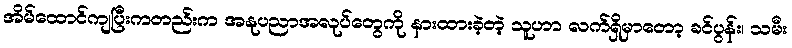
အိမ်ထောင်ကျပြီးကတည်းက အနုပညာအလုပ်တွေကို နားထားခဲ့တဲ့ သူဟာ လက်ရှိမှာတော့ ခင်ပွန်း၊ သမီး